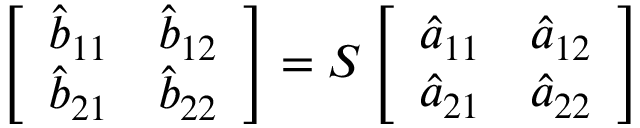
\left[ \begin{array} { l l } { \hat { b } _ { 1 1 } } & { \hat { b } _ { 1 2 } } \\ { \hat { b } _ { 2 1 } } & { \hat { b } _ { 2 2 } } \end{array} \right] = \boldsymbol { S } \left[ \begin{array} { l l } { \hat { a } _ { 1 1 } } & { \hat { a } _ { 1 2 } } \\ { \hat { a } _ { 2 1 } } & { \hat { a } _ { 2 2 } } \end{array} \right]